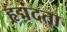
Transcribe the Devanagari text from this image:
हृद्मंदता